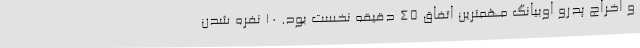
و اخراج پدرو اوبیانگ مهمترین اتفاق 45 دقیقه نخست بود. 10 نفره شدن